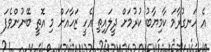
އެ ހަނގުރާމަ ކާމިޔާބު ކުރުމަށް ދީލައިތި އެހީ ޒަހާއަށް މި އޮތީ ބޭނުންވެފަ